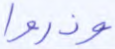
وذروا